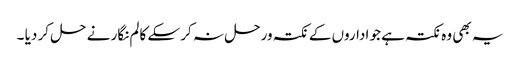
یہ بھی وہ نکتہ ہے جو اداروں کے نکتہ ورحل نہ کر سکے کالم نگار نے حل کر دیا ۔